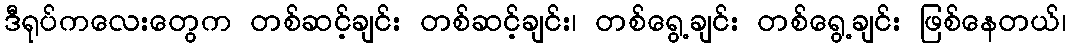
ဒီရုပ်ကလေးတွေက တစ်ဆင့်ချင်း တစ်ဆင့်ချင်း၊ တစ်ရွေ့ချင်း တစ်ရွေ့ချင်း ဖြစ်နေတယ်၊